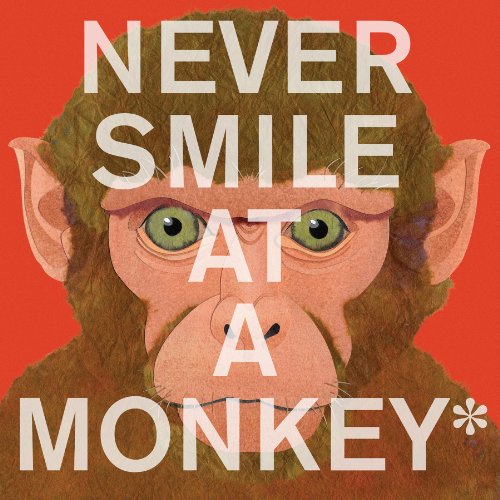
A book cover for Never Smile at a Monkey: And 17 Other Important Things to Remember; Steve Jenkins; Children's Books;